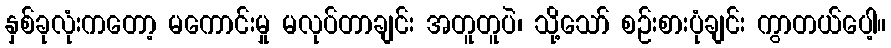
နှစ်ခုလုံးကတော့ မကောင်းမှု မလုပ်တာချင်း အတူတူပဲ၊ သို့သော် စဉ်းစားပုံချင်း ကွာတယ်ပေါ့။